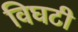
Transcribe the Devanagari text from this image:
विघटी